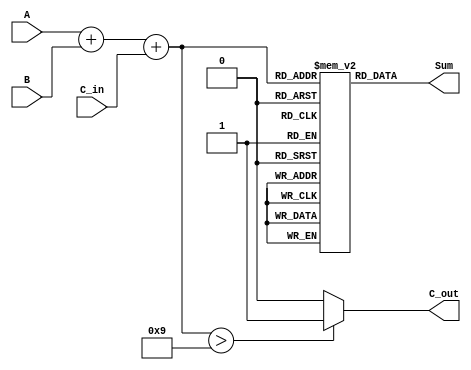
module bcd_lut_adder (
    input  [3:0] A,       // First BCD digit
    input  [3:0] B,       // Second BCD digit
    input        C_in,     // Carry-in
    output [3:0] Sum,      // BCD sum output
    output       C_out      // Carry-out
);

    // Intermediate sum (5 bits to accommodate overflow)
    wire [4:0] S;
    assign S = A + B + C_in; // Calculate initial sum

    // Look-Up Table for BCD correction
    reg [3:0] lut [0:18];  // LUT size of 19 to cover sums 0-18
    initial begin
        // Initialize LUT for BCD correction
        lut[0]  = 4'b0000; // 0
        lut[1]  = 4'b0001; // 1
        lut[2]  = 4'b0010; // 2
        lut[3]  = 4'b0011; // 3
        lut[4]  = 4'b0100; // 4
        lut[5]  = 4'b0101; // 5
        lut[6]  = 4'b0110; // 6
        lut[7]  = 4'b0111; // 7
        lut[8]  = 4'b1000; // 8
        lut[9]  = 4'b1001; // 9
        lut[10] = 4'b0000; // 10 (carry out)
        lut[11] = 4'b0001; // 11 (carry out)
        lut[12] = 4'b0010; // 12 (carry out)
        lut[13] = 4'b0011; // 13 (carry out)
        lut[14] = 4'b0100; // 14 (carry out)
        lut[15] = 4'b0101; // 15 (carry out)
        lut[16] = 4'b0110; // 16 (carry out)
        lut[17] = 4'b0111; // 17 (carry out)
        lut[18] = 4'b1000; // 18 (carry out)
    end

    // Final BCD sum and carry out
    assign Sum = lut[S[4:0]]; // Use LUT to get the BCD sum
    assign C_out = (S > 9) ? 1'b1 : 1'b0; // Carry out if S > 9

endmodule